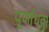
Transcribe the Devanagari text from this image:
पूर्णांधता